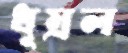
ধূম্রল